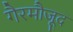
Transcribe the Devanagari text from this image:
गैरमौजूद